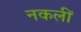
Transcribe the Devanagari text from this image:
नकलीं